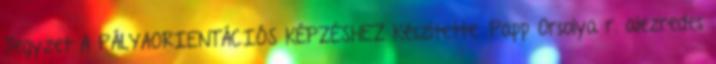
Jegyzet A PÁLYAORIENTÁCIÓS KÉPZÉSHEZ Készítette: Papp Orsolya r. alezredes